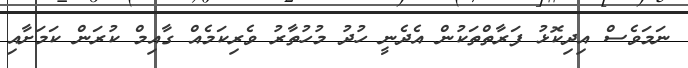
ނަމަވެސް އިދިކޮޅު ފަރާތްތަކުން އެދެނީ ހުދު މުހުތާރު ވެރިކަމެއް ގާއިމް ކުރަން ކަމަށާއި